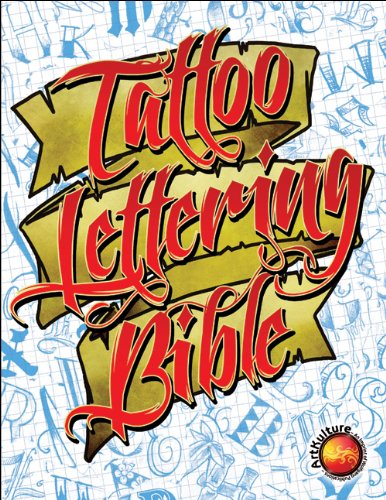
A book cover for Tattoo Lettering Bible; Arts & Photography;